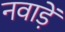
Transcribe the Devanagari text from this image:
नवाड़ें